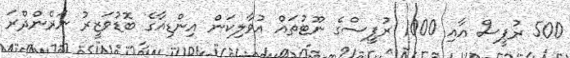
500 ރުޕީސް އާއި 1000 ރުޕީސްގެ ނޫޓުތައް އުވާލިކަން އިންޑިއާގެ ބޮޑުވަޒީރު ނަރެންދްރަ